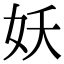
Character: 妖